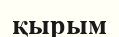
қырым